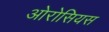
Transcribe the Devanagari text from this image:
ओरोसियस